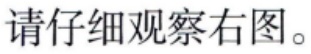
请仔细观察右图。